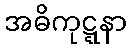
အဓိကုဋ္ဋနာ